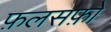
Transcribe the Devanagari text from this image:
फ़लसफ़ों